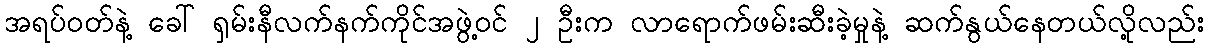
အရပ်ဝတ်နဲ့ ခေါ် ရှမ်းနီလက်နက်ကိုင်အဖွဲ့ဝင် ၂ ဦးက လာရောက်ဖမ်းဆီးခဲ့မှုနဲ့ ဆက်နွယ်နေတယ်လို့လည်း